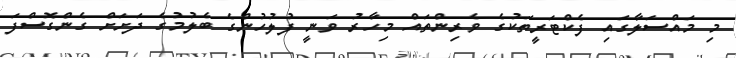
މި މައްސަލާގައި ފެކްޓަރީތަކުގެ ވެރިންތައް މިހާރު ވަނީ ފުލުހުންގެ ބެލުމުގެ ދަށަށް ގެންގޮސްފަ